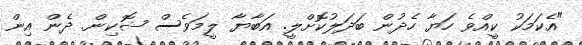
"އެކަމަކު ކީއްވެ ހަޔާ ހެދުން ބަދަލުކޮށްލީ. އަބާޔާ ލީމަވެސް ޝޮކިން. ދެން އިން